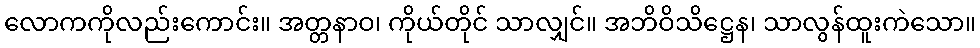
လောကကိုလည်းကောင်း။ အတ္တနာဝ၊ ကိုယ်တိုင် သာလျှင်။ အဘိဝိသိဋ္ဌေန၊ သာလွန်ထူးကဲသော။